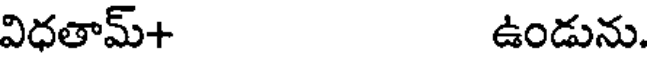
విధతామ్+ ఉండును.